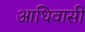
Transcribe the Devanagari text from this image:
आधिवासी